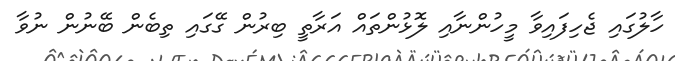
ހާލުގައި ޖެހިފައިވާ މީހުންނާއި ލޮޅުންތައް އަރާތީ ބިރުން ގޭގައި ތިބެން ބޭނުން ނުވާ